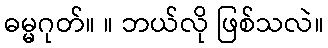
ဓမ္မဂုတ်။ ။ ဘယ်လို ဖြစ်သလဲ။